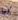
كما